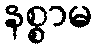
နစ္စာမ